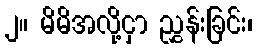
၂။ မိမိအလို့ငှာ ညွှန်းခြင်း၊